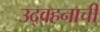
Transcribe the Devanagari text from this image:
उद्वहनाची